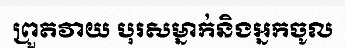
ព្រួតវាយ បុរសម្នាក់និងអ្នកចូល